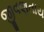
જીવણતાય